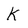
Character: K